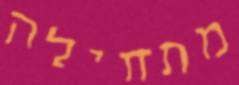
מתחילה